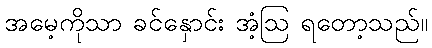
အမေ့ကိုသာ ခင်နှောင်း အံ့ဩ ရတော့သည်။